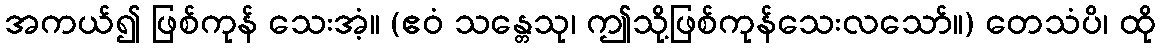
အကယ်၍ ဖြစ်ကုန် သေးအံ့။ (ဧဝံ သန္တေသု၊ ဤသို့ဖြစ်ကုန်သေးလသော်။) တေသံပိ၊ ထို